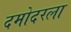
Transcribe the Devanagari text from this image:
दमोदरला